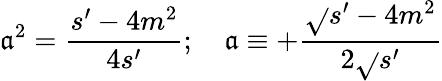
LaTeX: \mathfrak{a}^{2}=\frac{{s^{\prime}-4m^{2}}}{{4s^{\prime}}};\quad\mathfrak{a}\equiv+\frac{{\sqrt{}{{s^{\prime}-4m^{2}}}}}{{2\sqrt{}{{s^{\prime}}}}}